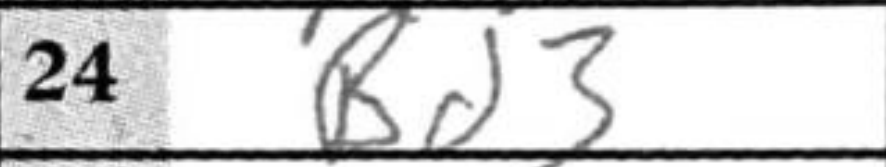
Transcription: Bd3